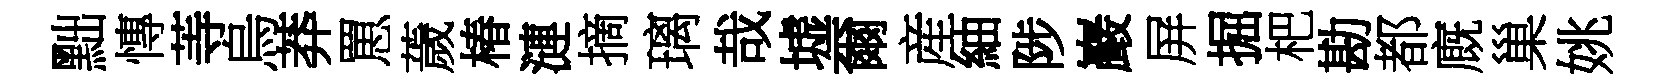
黜慱䓁烏莽罳薉椿漣摘璃哉墟爾産紬陟巖屏掘杷勘都廐巢姚